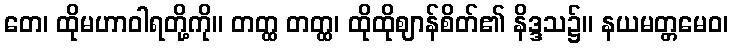
တေ၊ ထိုမဟာဝါရတို့ကို။ တတ္ထ တတ္ထ၊ ထိုထိုဈာန်စိတ်၏ နိဒ္ဒသ၌။ နယမတ္တမေဝ၊